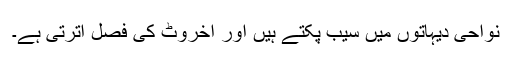
نواحی دیہاتوں میں سیب پکتے ہیں اور اخروٹ کی فصل اترتی ہے۔